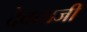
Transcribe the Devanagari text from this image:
देवताजी